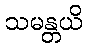
သမန္တယိ